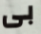
بى